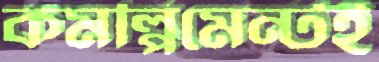
কমপ্লিমেন্টই